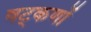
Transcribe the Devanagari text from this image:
षट्‌कणों